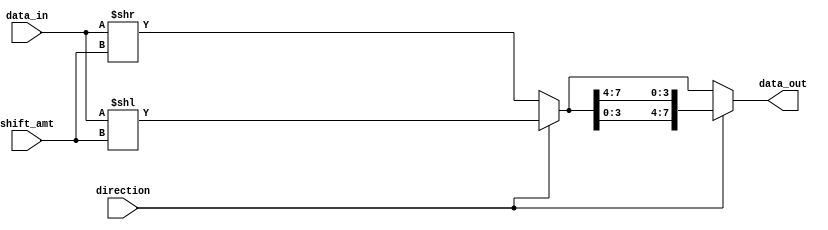
module barrel_shifter (
  input [7:0] data_in,
  input [2:0] shift_amt,
  input direction,
  output [7:0] data_out
);

  wire [7:0] shifted_data;

  // Arithmetic blocks for shift calculation
  reg [7:0] shift_val;
  always @(*) begin
    if (direction == 1'b0) // Right shift
      shift_val = data_in >> shift_amt;
    else // Left shift
      shift_val = data_in << shift_amt;
  end

  // Output multiplexer to select shifted data based on direction
  always @(*) begin
    if (direction == 1'b0)
      data_out = shift_val;
    else
      data_out = shifted_data;
  end

  // Binary tree structure for shifting
  genvar i;
  generate
    for (i = 0; i < 8; i = i + 1) begin
      if (i < 4) begin
        assign shifted_data[i] = shift_val[i + 4];
      end else begin
        assign shifted_data[i] = shift_val[i - 4];
      end
    end
  endgenerate

endmodule